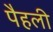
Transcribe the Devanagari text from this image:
पैहली